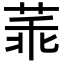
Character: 䓙